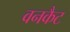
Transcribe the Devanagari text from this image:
वनकैट